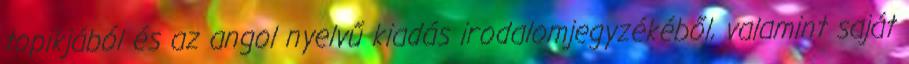
topikjából és az angol nyelvű kiadás irodalomjegyzékéből, valamint saját